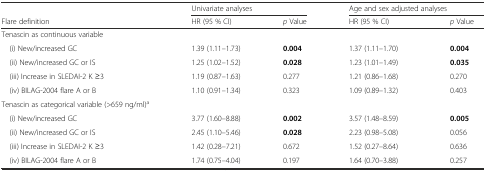
<table><thead><tr><td></td><td colspan="2"><b>Univariate analyses</b></td><td colspan="2"><b>Age and sex adjusted analyses</b></td></tr><tr><td><b>Flare definition</b></td><td><b>HR (95 % CI)</b></td><td><b><i>p</i> Value</b></td><td><b>HR (95 % CI)</b></td><td><b><i>p</i> Value</b></td></tr></thead><tbody><tr><td>Tenascin as continuous variable</td><td></td><td></td><td></td><td></td></tr><tr><td> (i) New/increased GC</td><td>1.39 (1.11–1.73)</td><td><b>0.004</b></td><td>1.37 (1.11–1.70)</td><td><b>0.004</b></td></tr><tr><td> (ii) New/increased GC or IS</td><td>1.25 (1.02–1.52)</td><td><b>0.028</b></td><td>1.23 (1.01–1.49)</td><td><b>0.035</b></td></tr><tr><td> (iii) Increase in SLEDAI-2 K ≥3</td><td>1.19 (0.87–1.63)</td><td>0.277</td><td>1.21 (0.86–1.68)</td><td>0.270</td></tr><tr><td> (iv) BILAG-2004 flare A or B</td><td>1.10 (0.91–1.34)</td><td>0.323</td><td>1.09 (0.89–1.32)</td><td>0.403</td></tr><tr><td>Tenascin as categorical variable (&gt;659 ng/ml)<sup>a</sup></td><td colspan="4"></td></tr><tr><td> (i) New/increased GC</td><td>3.77 (1.60–8.88)</td><td><b>0.002</b></td><td>3.57 (1.48–8.59)</td><td><b>0.005</b></td></tr><tr><td> (ii) New/increased GC or IS</td><td>2.45 (1.10–5.46)</td><td><b>0.028</b></td><td>2.23 (0.98–5.08)</td><td>0.056</td></tr><tr><td> (iii) Increase in SLEDAI-2 K ≥3</td><td>1.42 (0.28–7.21)</td><td>0.672</td><td>1.52 (0.27–8.64)</td><td>0.636</td></tr><tr><td> (iv) BILAG-2004 flare A or B</td><td>1.74 (0.75–4.04)</td><td>0.197</td><td>1.64 (0.70–3.88)</td><td>0.257</td></tr></tbody></table>